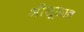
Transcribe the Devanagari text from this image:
श्रीसूक्तात